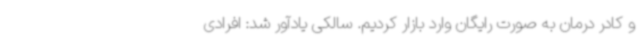
و کادر درمان به صورت رایگان وارد بازار کردیم. سالکی یادآور شد: افرادی